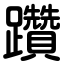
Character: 躦